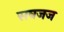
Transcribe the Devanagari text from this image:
सबजज